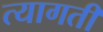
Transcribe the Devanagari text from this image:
त्यागतीं